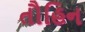
તૌહિન